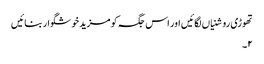
تھوڑی روشنیاں لگائیں اور اس جگہ کو مزید خوشگوار بنائیں
۲۔